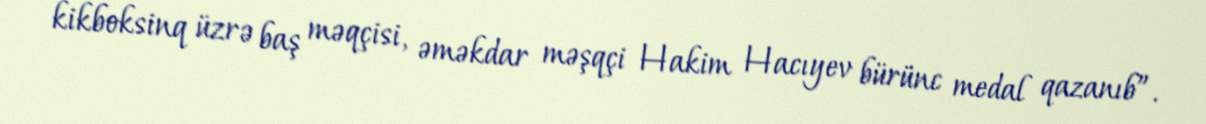
kikboksinq üzrə baş məqçisi, əməkdar məşqçi Hakim Hacıyev bürünc medal qazanıb”.